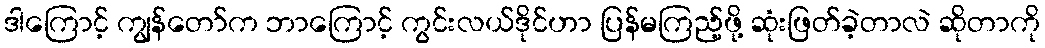
ဒါကြောင့် ကျွန်တော်က ဘာကြောင့် ကွင်းလယ်ဒိုင်ဟာ ပြန်မကြည့်ဖို့ ဆုံးဖြတ်ခဲ့တာလဲ ဆိုတာကို